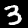
Label: 3